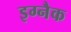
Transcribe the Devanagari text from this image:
इग्नैक